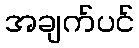
အချက်ပင်